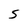
Character: 5